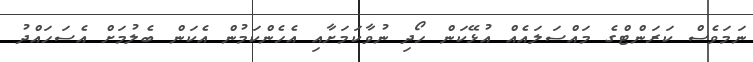
ނަމަވެސް ކަރަންޓްގެ މައްސަލައެއް އުޅޭކަން ހޯދި ނުވާކަމަށާއި އެހެންކަމުން އެކަން ބެލުމަށް އެސަހައްދު